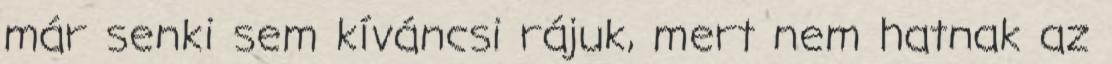
már senki sem kíváncsi rájuk, mert nem hatnak az